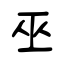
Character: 巫